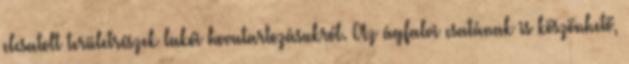
elcsatolt területrészek lakói hovatartozásukról. Az ágfalvi csatának is köszönhető,